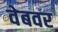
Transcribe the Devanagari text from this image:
वेबवर